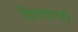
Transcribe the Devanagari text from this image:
हितवाणी